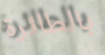
بالطائرة